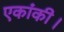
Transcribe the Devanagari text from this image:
एकांकी।